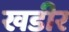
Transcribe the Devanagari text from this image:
खडीर